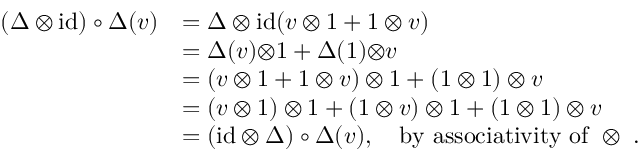
\begin{array} { r l } { ( \Delta \otimes \mathrm { i d } ) \circ \Delta ( v ) } & { = \Delta \otimes \mathrm { i d } ( v \otimes 1 + 1 \otimes v ) } \\ & { = \Delta ( v ) { \otimes } 1 + \Delta ( 1 ) { \otimes } v } \\ & { = ( v \otimes 1 + 1 \otimes v ) \otimes 1 + ( 1 \otimes 1 ) \otimes v } \\ & { = ( v \otimes 1 ) \otimes 1 + ( 1 \otimes v ) \otimes 1 + ( 1 \otimes 1 ) \otimes v } \\ & { = ( \mathrm { i d } \otimes \Delta ) \circ \Delta ( v ) , \quad \mathrm { b y ~ a s s o c i a t i v i t y ~ o f ~ \otimes ~ . } } \end{array}